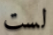
لست